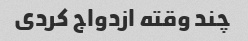
چند وقته ازدواج کردی